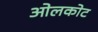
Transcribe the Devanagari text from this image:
ओलकोट